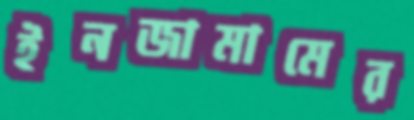
ইনজামামের